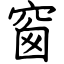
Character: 窗